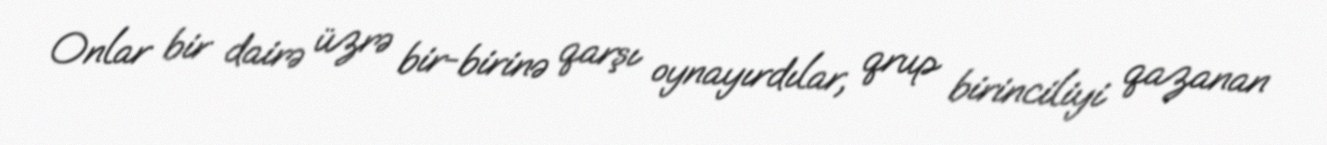
Onlar bir dairə üzrə bir-birinə qarşı oynayırdılar, qrup birinciliyi qazanan